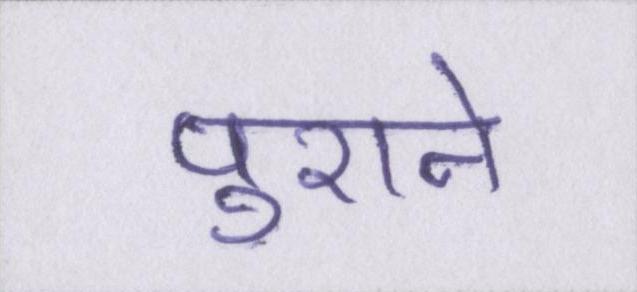
पुराने